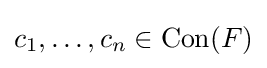
c_{1},\ldots ,c_{n}\in \operatorname {Con} (F)